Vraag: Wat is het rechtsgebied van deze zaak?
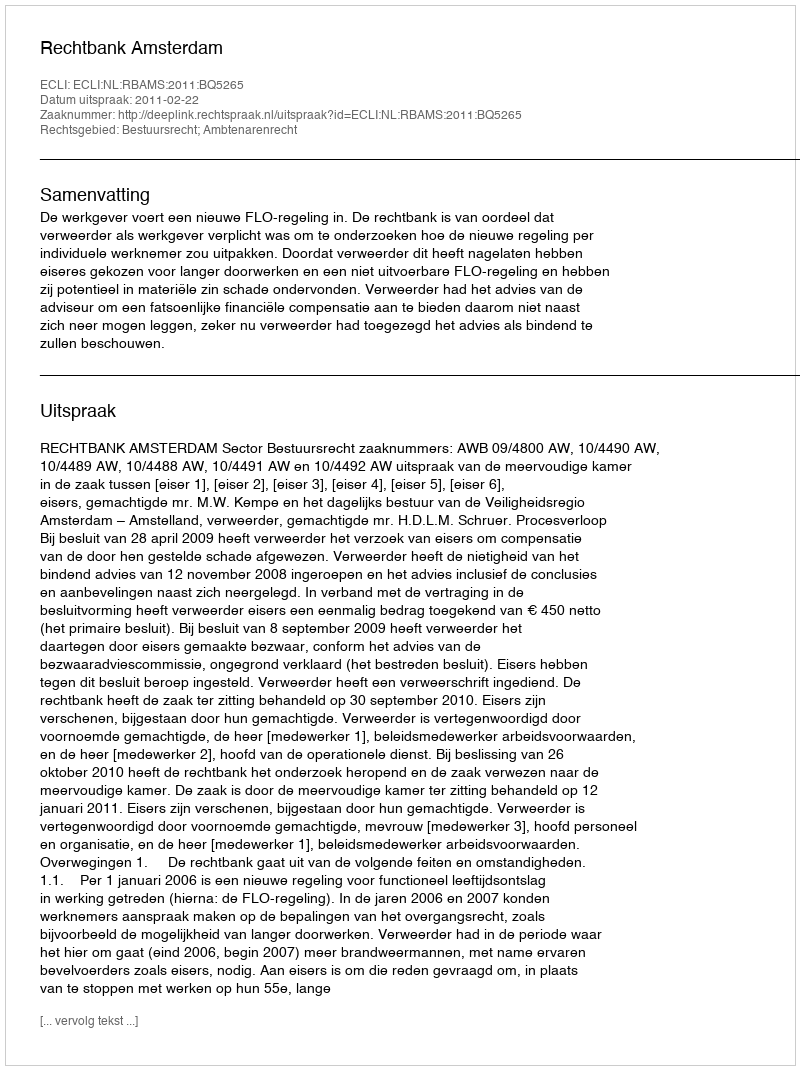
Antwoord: Bestuursrecht; Ambtenarenrecht